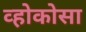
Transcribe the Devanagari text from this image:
व्होकोसा